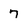
Character: 7